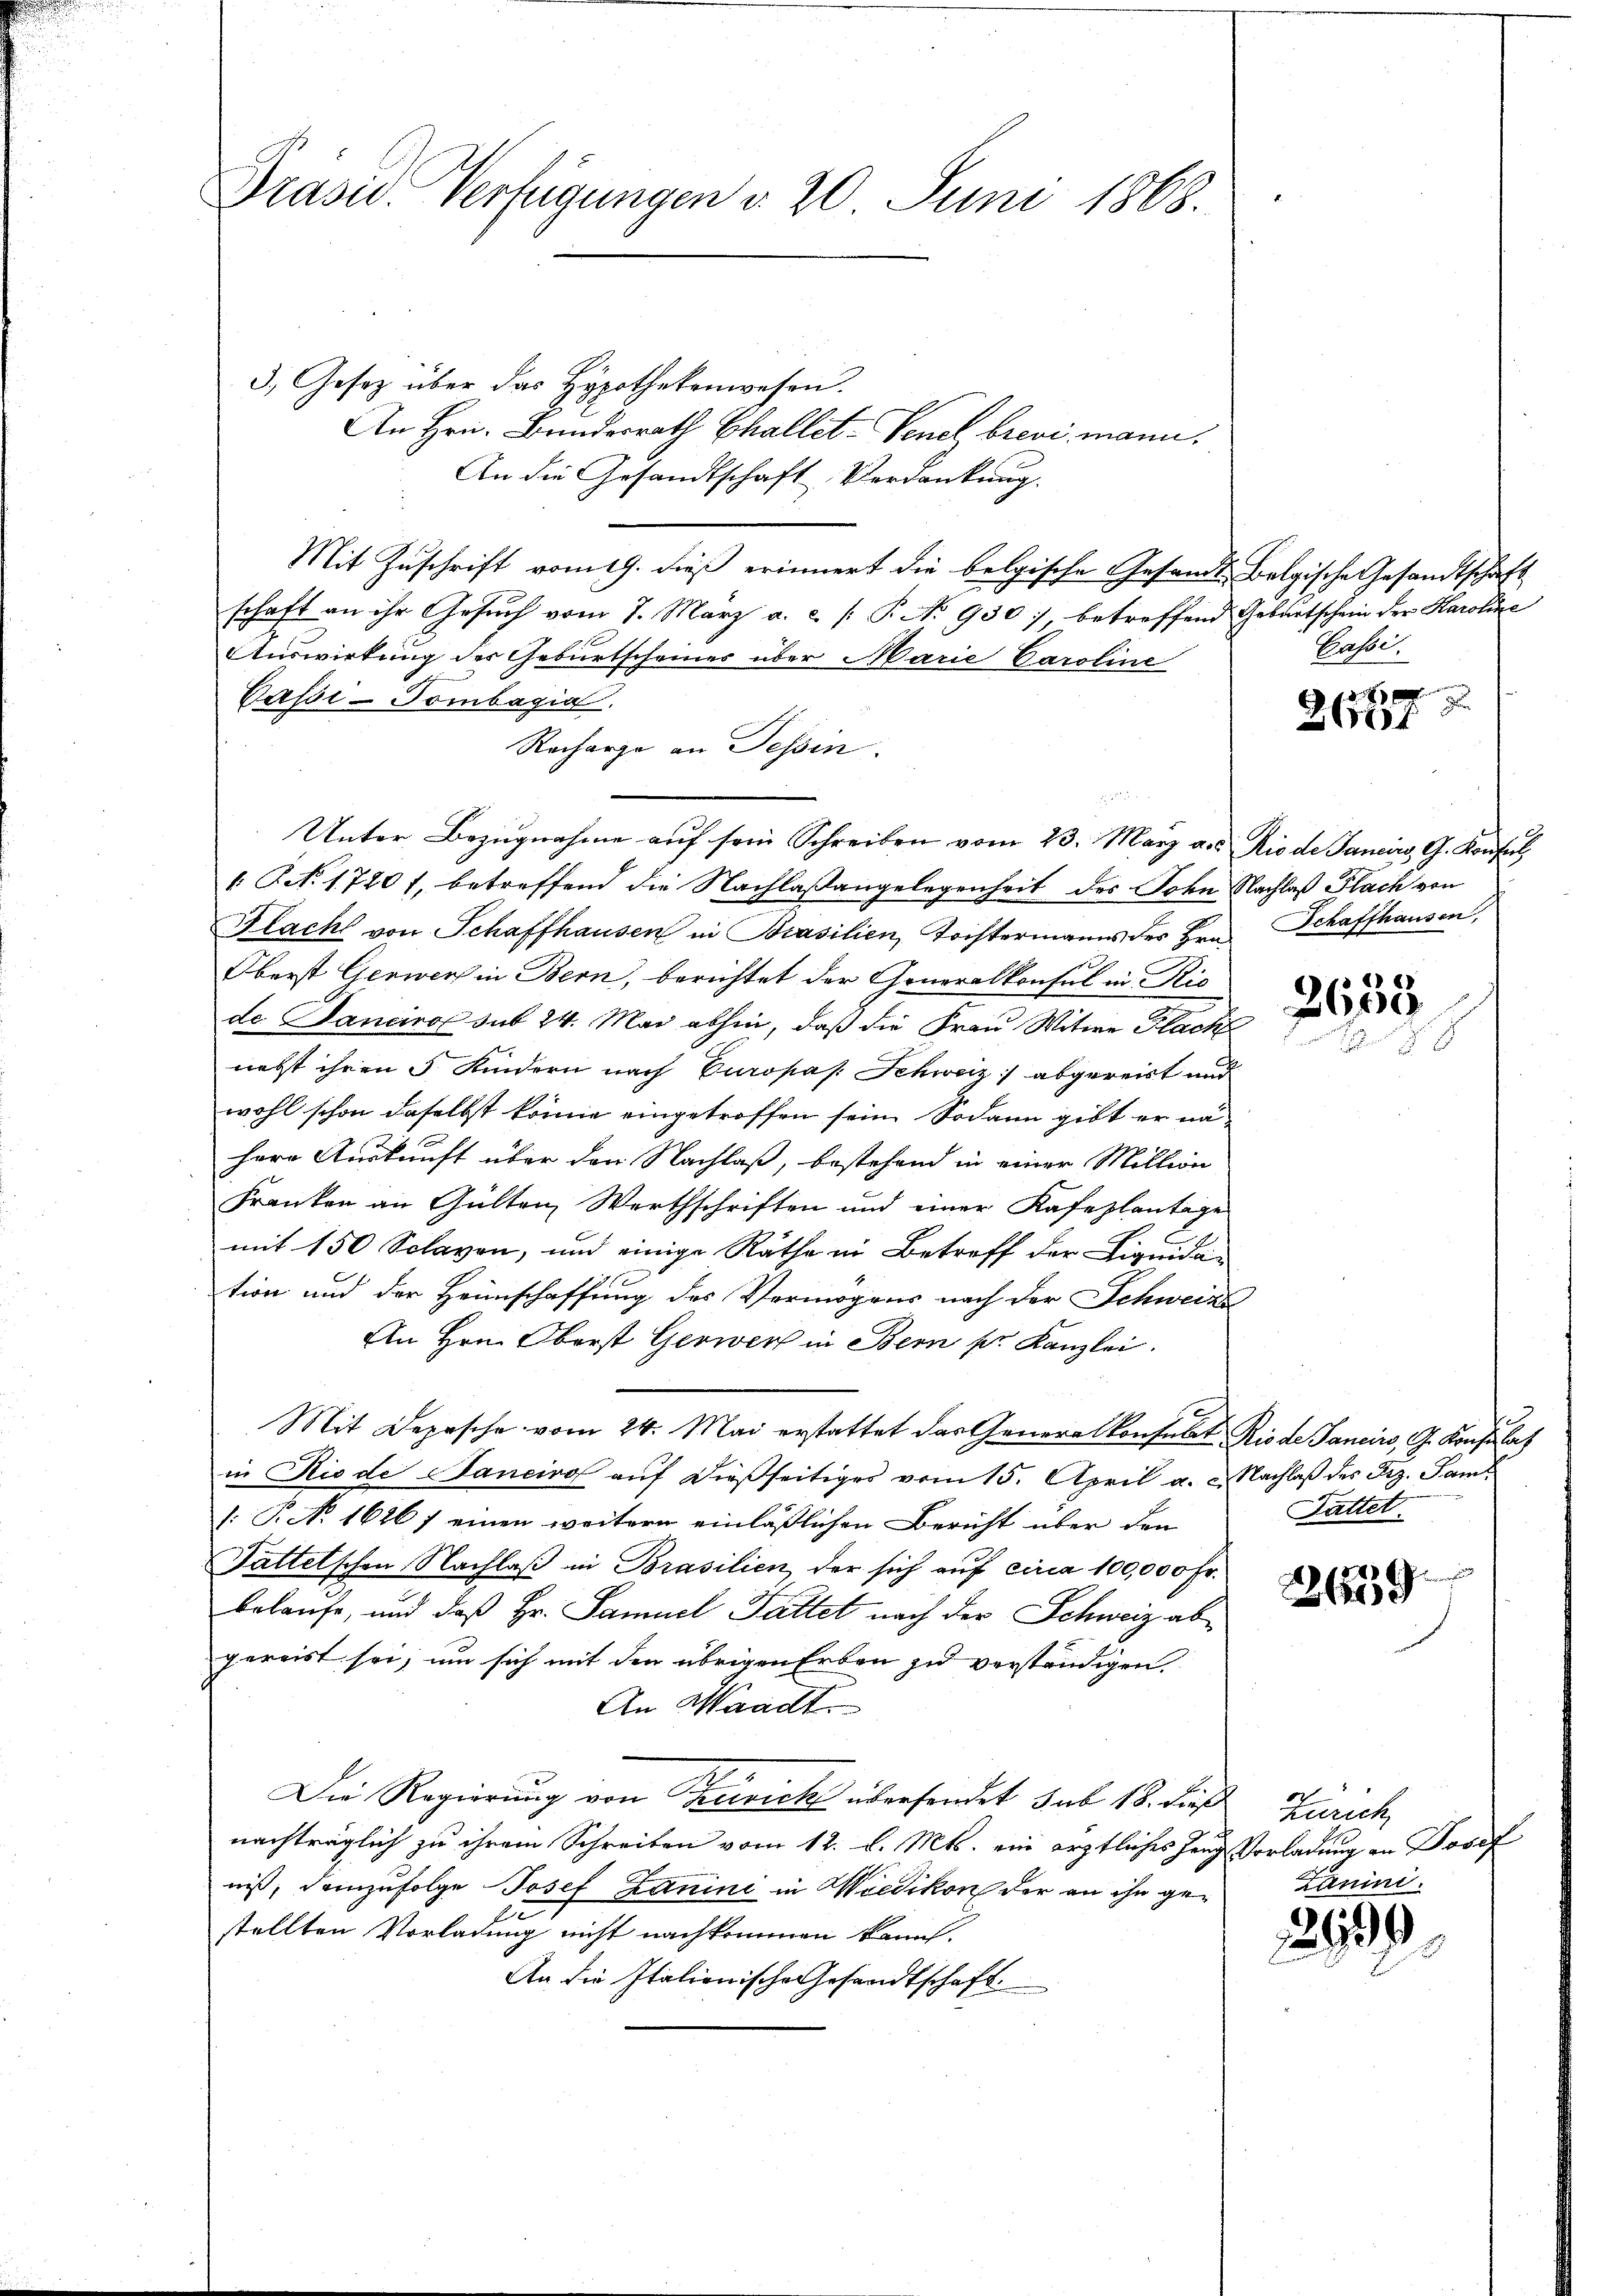
Präsid. Verfügungen v. 20. Juni 1868.

3. Gesetz über das Hypothekenwesen.
An Hrn. Bundesrath Challet-Venel brevi mann.
An die Gesandtschaft Verdankung.
Mit Zuschrift vom 19. dieß erinnert die belgische Gesandt-Belgische Gesandtschaft
schaft an ihr Gesuch vom 7. März a. c. (T. No 930, betreffend Geburtschein der Karoline
Auswirkung des Geburtscheines über Marie Caroline
Passi-Tombagia.
Recharge an Tessin.
Unter Bezugnahme auf sein Schreiben vom 23. März a. Rio de Janeiw, G. Konsul
. P. N. 1720 f. betreffend die Nachlaßangelegenheit des Sohn Nachlaß Flach von
Flacht von Schaffhausen in Prasilien, Tristermanns des Hrn. Schaffhausen,
Oberst Gerwer in Bern, berichtet der Generalkonsul in Ric
de Janeiro sub 24. Mai abhin, daß die Frau Witwe Hach
nebst ihren 5 Kindern nach Europas. Schweiz :/ abgereist und
wohl schon daselbst könne eingetroffen sein. Sodann gibt er na
herr Auskunft über den Nachlaß, bestehend in einer Million
Franken an Gülten, Werthschriften und einer Kafeplantage
mit 150 Sclaven, und einige Räthe in Betreff der Liquidation und der Heimschaffung des Vermögens nach der Schweize
An Hrn. Oberst Gerwert in Bern pr. Kanzlei.
Mit Depesche vom 24. Mai erstattet das Generalkonsabet Riede Janeiw, G. Konsulat
in Rio de Janeiro auf dießseitiges vom 15. April a. c. Nachlaß des Frz. Saml
[: P. No 1626 f einen weitern einläßlichen Bericht über den
Tattelschen Nachlaß in Brasilien, der sich auf circa 100,000 Fr.
belaufe, und daß Hr. Samuel Fattet nach der Schweiz abgereist sei, um sich mit den übrigen Erben zu verständigen.
An Waadt.
Die Regierung von Terrich überhandet sub 18. Faß Zürich
nachträglich zu ihrem Schreiben vom 12. d. Mts. ein ärztliches Ganz Vorladung an Josef
niß, demzufolge Josef Zanini in Wiedikon der an ihn ge¬
E
stellten Vorladung nicht nachkommen kann.
An die Italienische Gesandtschaft.

Gassi
f. 3
x

201

2658

Sattet.

.
2619

Zanini.

29